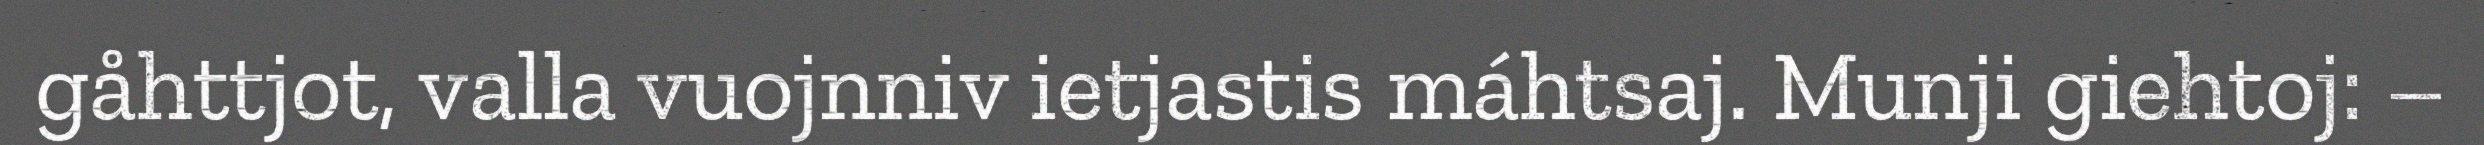
gåhttjot, valla vuojnniv ietjastis máhtsaj. Munji giehtoj: –